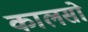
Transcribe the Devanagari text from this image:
कालसो